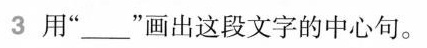
3 用”___”画出这段文字的中心句。